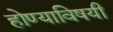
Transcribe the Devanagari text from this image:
होण्याविषयी